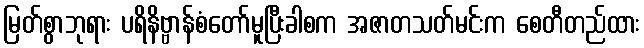
မြတ်စွာဘုရား ပရိနိဗ္ဗာန်စံတော်မူပြီးခါစက အဇာတသတ်မင်းက စေတီတည်ထား